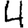
Digit: 4